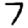
Digit: 7